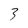
Character: 3